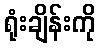
ရုံးချိန်းကို